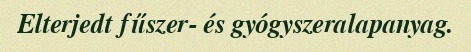
Elterjedt fűszer- és gyógyszeralapanyag.